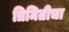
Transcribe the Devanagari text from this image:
त्रिमितीचा